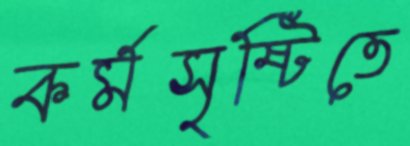
কর্মসৃষ্টিতে